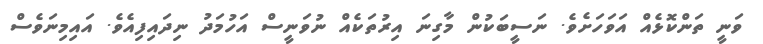
ވަނީ ތަންކޮޅެއް އަވަހަށެވެ. ނަސީބަކުން މާގިނަ އިރުތަކެއް ނުވަނީސް އަހުމަދު ނިދައިފިއެވެ. އައިމިނަވެސް